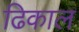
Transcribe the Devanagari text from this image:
ढिकाल